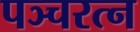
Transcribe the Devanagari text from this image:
पञ्चरत्न